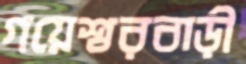
গয়েশ্বরবাড়ী